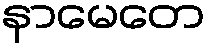
နာမေတေ